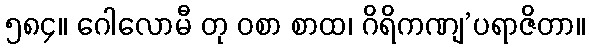
၅၈၄။ ဂေါလောမီ တု ဝစာ စာထ၊ ဂိရိကဏျ’ပရာဇိတာ။